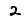
Digit: 2